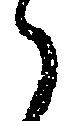
々